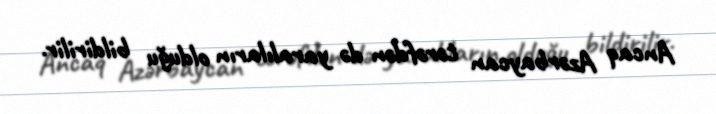
Ancaq Azərbaycan tərəfdən də yaralıların olduğu bildirilir.